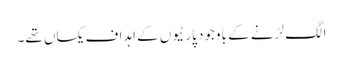
الگ لڑنے کے باوجود پارٹیوں کے اہداف یکساں تھے۔